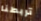
تربطنا